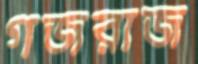
গজরাজ